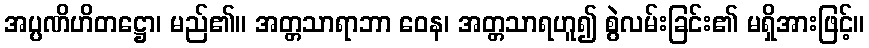
အပ္ပဏိဟိတဋ္ဌော၊ မည်၏။ အတ္တသာရာဘာ ဝေန၊ အတ္တသာရဟူ၍ စွဲလမ်းခြင်း၏ မရှိအားဖြင့်။